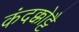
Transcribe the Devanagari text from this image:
कंदक्कोट्टै